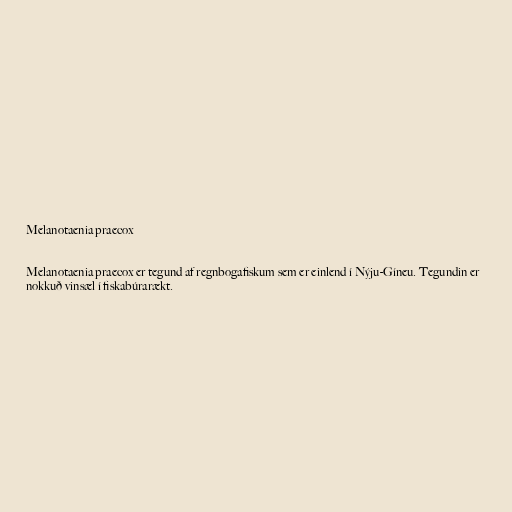
Melanotaenia praecox

Melanotaenia praecox er tegund af regnbogafiskum sem er einlend í Nýju-Gíneu. Tegundin er
nokkuð vinsæl í fiskabúrarækt.